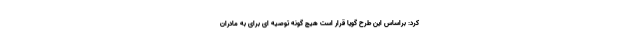
کرد: براساس این طرح گویا قرار است هیچ گونه توصیه ای برای به مادران